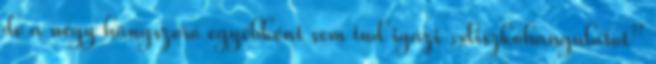
de a négy hangszóró egyébként sem tud igazi „diszkóhangulatot”